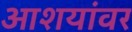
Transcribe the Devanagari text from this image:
आशयांवर